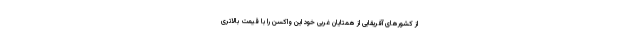
از کشورهای آفریقایی از همتایان غربی خود این واکسن را با قیمت بالاتری